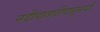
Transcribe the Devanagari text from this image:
नदीपातळीपासूनची